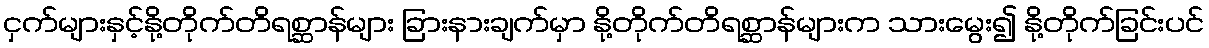
ငှက်များနှင့်နို့တိုက်တိရစ္ဆာန်များ ခြားနားချက်မှာ နို့တိုက်တိရစ္ဆာန်များက သားမွေး၍ နို့တိုက်ခြင်းပင်